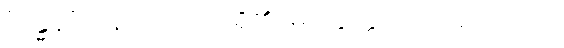
“ဂန္ဓန”အနက်လည်း ရှိ၏, ဓာတွတ္ထသင်္ဂဟ၌ မလာ။]